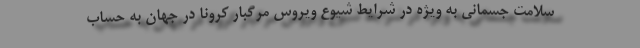
سلامت جسمانی به ویژه در شرایط شیوع ویروس مرگبار کرونا در جهان به حساب